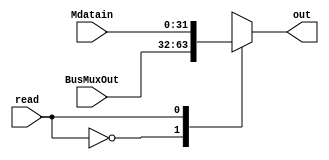
module MDMux(
input [31:0] BusMuxOut, Mdatain,
input read,
output reg [31:0] out
);

always @(*) begin
	case(read)
		0 : out <= BusMuxOut;
		1 : out <= Mdatain;
		default : out <= 32'bx;
		endcase
	end
endmodule